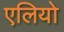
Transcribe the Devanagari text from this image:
एलियो